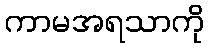
ကာမအရသာကို